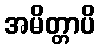
အမိတ္တာပိ